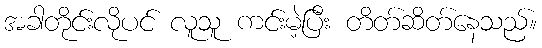
အခါတိုင်းလိုပင် လူသူ ကင်းမဲ့ပြီး တိတ်ဆိတ်နေသည်။